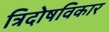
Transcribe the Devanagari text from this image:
त्रिदोषविकार